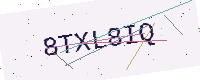
Text: 8TXL8IQ